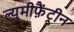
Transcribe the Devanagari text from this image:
ल्युमीफ़ैंट्रीन